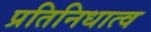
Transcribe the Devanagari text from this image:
प्रतिनिधात्व